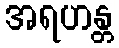
အရဟန္တ